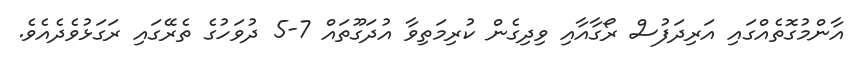
އާންމުގޮތެއްގައި އަރިދަފުސް ރޯގާއާއި ވިދިގެން ކުރިމަތިވާ އުދަގޫތައް 7-5 ދުވަހުގެ ތެރޭގައި ރަގަޅުވެދެއެވެ.